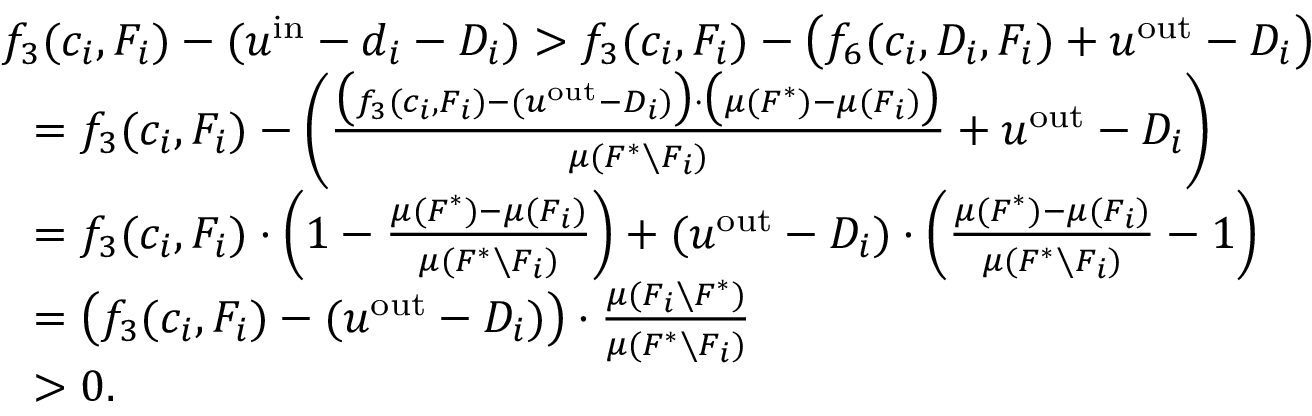
\begin{array} { r l } & { f _ { 3 } ( c _ { i } , F _ { i } ) - ( u ^ { \mathrm { i n } } - d _ { i } - D _ { i } ) > f _ { 3 } ( c _ { i } , F _ { i } ) - \big ( f _ { 6 } ( c _ { i } , D _ { i } , F _ { i } ) + u ^ { \mathrm { o u t } } - D _ { i } \big ) } \\ { } & { ~ ~ = f _ { 3 } ( c _ { i } , F _ { i } ) - \left( \frac { \big ( f _ { 3 } ( c _ { i } , F _ { i } ) - ( u ^ { \mathrm { o u t } } - D _ { i } ) \big ) \cdot \big ( \mu ( F ^ { * } ) - \mu ( F _ { i } ) \big ) } { \mu ( F ^ { * } \setminus F _ { i } ) } + u ^ { \mathrm { o u t } } - D _ { i } \right) } \\ { } & { ~ ~ = f _ { 3 } ( c _ { i } , F _ { i } ) \cdot \left( 1 - \frac { \mu ( F ^ { * } ) - \mu ( F _ { i } ) } { \mu ( F ^ { * } \setminus F _ { i } ) } \right) + ( u ^ { \mathrm { o u t } } - D _ { i } ) \cdot \left( \frac { \mu ( F ^ { * } ) - \mu ( F _ { i } ) } { \mu ( F ^ { * } \setminus F _ { i } ) } - 1 \right) } \\ { } & { ~ ~ = \big ( f _ { 3 } ( c _ { i } , F _ { i } ) - ( u ^ { \mathrm { o u t } } - D _ { i } ) \big ) \cdot \frac { \mu ( F _ { i } \setminus F ^ { * } ) } { \mu ( F ^ { * } \setminus F _ { i } ) } } \\ { } & { ~ ~ > 0 . } \end{array}